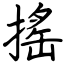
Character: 搖